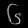
Digit: ၆